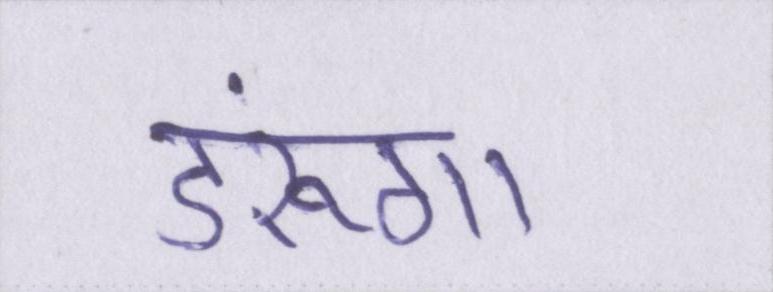
डरूंगा